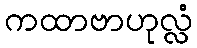
ကထာဗာဟုလ္လံ